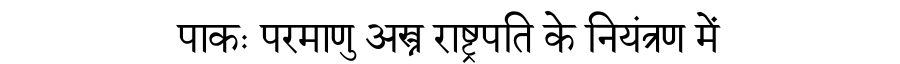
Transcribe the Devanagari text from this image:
पाकः परमाणु अस्त्र राष्ट्रपति के नियंत्रण में